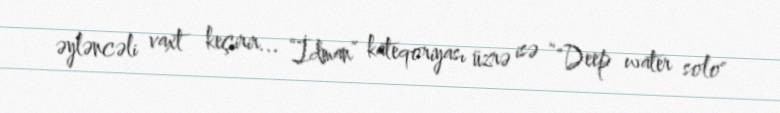
əyləncəli vaxt keçirir... “İdman” kateqoriyası üzrə isə “"Deep water solo"